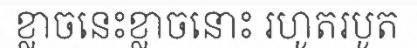
ខ្លាចនេះខ្លាចនោះ រហូតរបូត